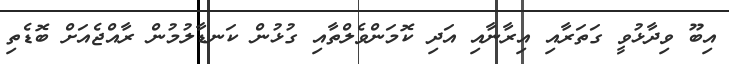
އިބޫ ވިދާޅުވީ ގަތަރާއި އިރާނާއި އަދި ކޮމަންވެލްތާއި ގުޅުން ކަނޑާލުމުން ރާއްޖެއަށް ބޮޑެތި